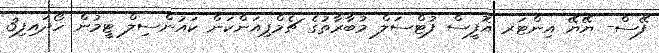
ފޭސް- ޔޭޔޭ އިންޓަރ އޮފީސް ފުޓްސަލް މުބާރާތުގެ ޗެމްޕިއަންކަން ކައުންސިލް ޓީމުން ހޯދައިފި3